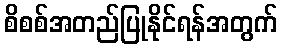
စိစစ်အတည်ပြုနိုင်ရန်အတွက်